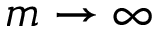
m \to \infty